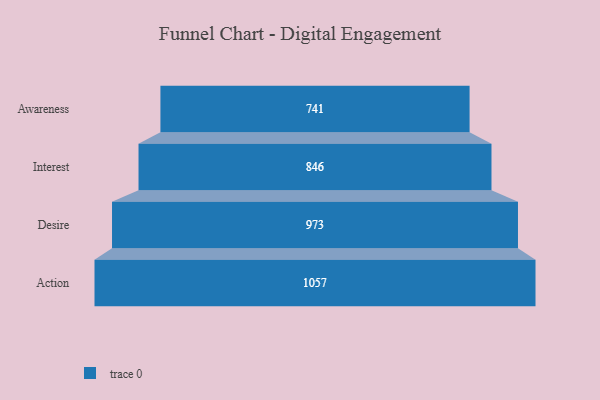
{"axis": {"x": "Stage", "y": "Value"}, "legend": [""], "data": [{"x": "Awareness", "y": 741.0, "type": ""}, {"x": "Interest", "y": 846.0, "type": ""}, {"x": "Desire", "y": 973.0, "type": ""}, {"x": "Action", "y": 1057.0, "type": ""}]}